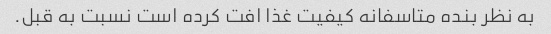
به نظر بنده متاسفانه کیفیت غذا افت کرده است نسبت به قبل.